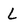
Character: L